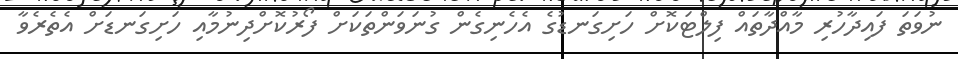
ނުވަތަ ފައިދާހުރި މާއްދާތައް ފިލްޓަކޮށް ހަށިގަނޑުގެ އެހެނިގެން ގުނަވަންތަކަށް ފޯރުކޮށްދިނުމާއި ހަށިގަނޑަށް އެތެރެވާ